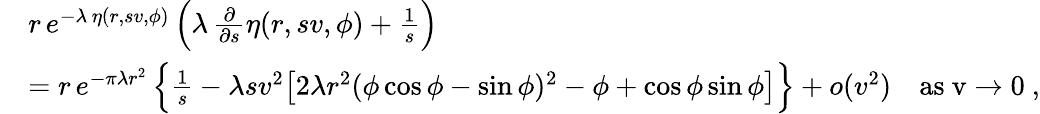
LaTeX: \begin{array}{rl}&{r\, e^{-\lambda\, \eta(r,sv,\phi)}\, \Bigl(\lambda\, \frac{\partial}{\partial s}\eta(r,sv,\phi)+\frac{1}{s}\Bigr)}\\ &{=r\, e^{-\pi\lambda r^{2}}\, \Bigl\{ \frac{1}{s}-\lambda sv^{2}\bigl[2\lambda r^{2}(\phi\cos\phi-\sin\phi)^{2}-\phi+\cos\phi\sin\phi\bigr]\Bigr\} +o(v^{2})\quad\mathrm{as~v\to 0~,}}\end{array}